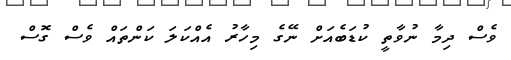
ވެސް ދިމާ ނުވާތީ ކުޑަބެއަށް ނޭގެ މިހާރު އެއްކަލަ ކަންތައް ވެސް ގޮސް